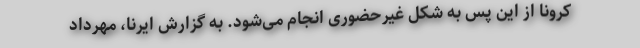
کرونا از این پس به شکل غیرحضوری انجام می‌شود. به گزارش ایرنا، مهرداد